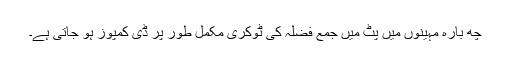
چھ بارہ مہینوں میں پٹ میں جمع فضلہ کی ٹوکری مکمل طور پر ڈی کمپوز ہو جاتی ہے۔